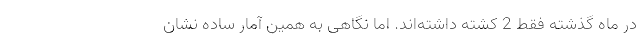
در ماه گذشته فقط 2 کُشته داشته‌اند. اما نگاهی به همین آمار ساده نشان